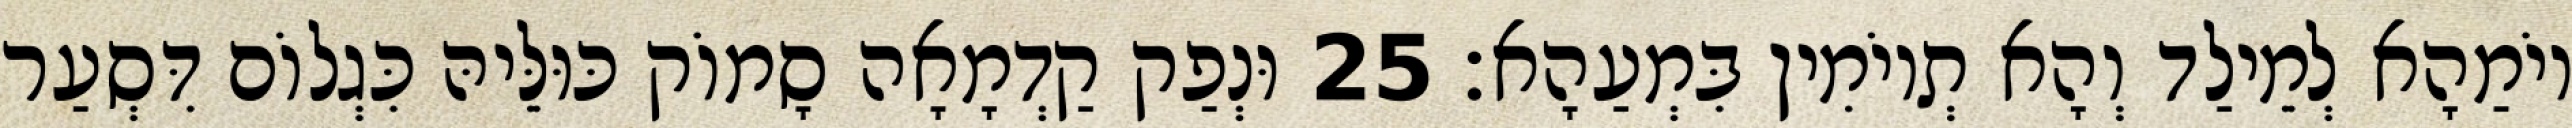
יוֹמַהָא לְמֵילַד וְהָא תְיוֹמִין בִּמְעַהָא׃ 25 וּנְפַק קַדְמָאָה סָמוֹק כּוּלֵּיהּ כִּגְלוֹם דִּסְעַר